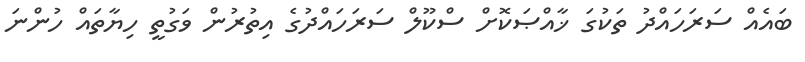
ބައެއް ސަރަހައްދު ތަކުގަ ޚާއްޞަކޮށް ސްކޫލް ސަރަހައްދުގެ އިތުރުން ވަގުތީ ހިޔާތައް ހުންނަ